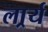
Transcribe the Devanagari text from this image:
लार्र्य